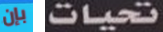
بإن تحيات